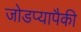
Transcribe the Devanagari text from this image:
जोडप्यापैकी